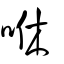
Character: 咻